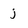
Character: j